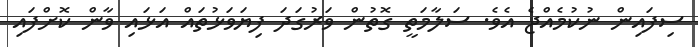
ސިފައިން ނުކުމެއްޖެ އެވެ. ސަލާމަތީ ގޮތުން ވަރުގަދަ ފިޔަވަޅުތައް އަޅައި ވާން ކޮށްފައި